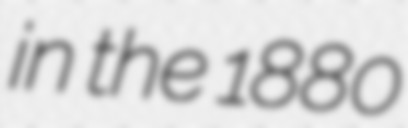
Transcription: in the 1880